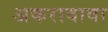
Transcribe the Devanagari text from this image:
अकरावावा